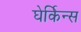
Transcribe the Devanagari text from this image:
घेर्किन्स